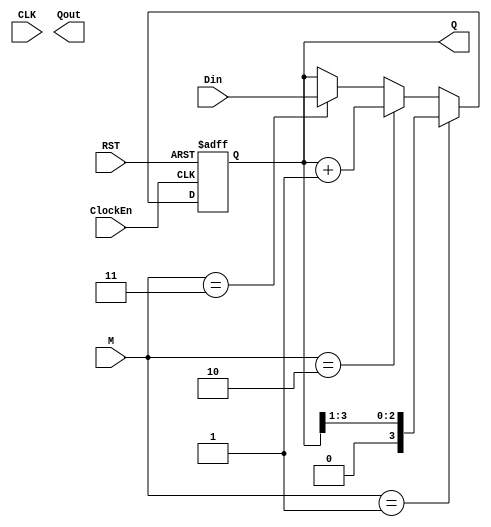

// N-bit multi-function register ( one gated register which is capable of shifting the bits, counting up or incrementing up, loading new bits, reseting and storing the N-bits )
// ClockEn     -- Enables the device to function (active high)
// CLK         -- Gives clocks to the device (active high)
// RST         -- Resets the device and the output is setback to 0 (active high)
// [1:0] M     -- 2 bit mode control inputs
// [N-1:0] Din -- N-bit parallel data input
// [N-1:0] Q   -- N-bit parallel data output

// Here <= in the assignment means non-blocking or concurrent assignment

// If RST = 1, then Q = 0 
// If RST = 0 && ClockEn = 0, then register should hold its current value 
// If RST = 0 && ClockEn = 1, then the M1 and M0 will select the operations
//									M = 00 --> Hold the register content (same as RST = 0 && ClockEn = 0)
// 								M = 01 --> Shift one bit to the right
// 								M = 10 --> Increment the value by one
// 								M = 11 --> load the new value to the register

module multifunctionRegister #(parameter N = 4)
		 ( 
			input CLK, RST, 				// Clock and reset for the register (both are active high, means loads or clears the data from register during the rising edge)
			input ClockEn, 				// A gate to enable the clock to the register and makes it behave as a gated register
			input [N-1 : 0] Din, 		// Data which is comming to the register
			input [1:0] M, 				// Selects what operation needs to be performed on the computer
			output reg [N-1 : 0] Q,		// ouput from the register
			output [0:6] Qout			// output of bin2sevenSegment instantiation (no direct use in code)
		 );
		 
		 always @ (posedge ClockEn or posedge RST) 
			begin 
				if (RST == 1'b1) Q <= 0; // non-blocking or concurrent assignment 
				else if (ClockEn == 1'b1) 
						begin
							if (M == 2'b01) Q <= Q >>1'b1; // shift right by one bit
							else if (M == 2'b10) Q <= Q + 1'b1; // increment the value of Q by 1-bit
							else if (M == 2'b11) Q <= Din; // load the value of input to the register
						end
			end
			
endmodule